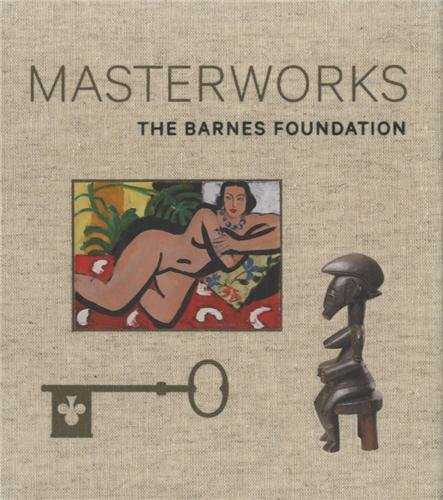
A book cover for The Barnes Foundation: Masterworks; Judith F. Dolkart; Arts & Photography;